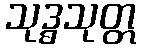
သုဒ္ဓသုတ္တ